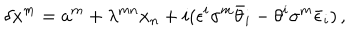
\delta x ^ { m } = a ^ { m } + \lambda ^ { m n } x _ { n } + i ( \epsilon ^ { i } \sigma ^ { m } \bar { \theta } _ { i } - \theta ^ { i } \sigma ^ { m } \bar { \epsilon } _ { i } ) \, ,